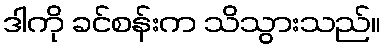
ဒါကို ခင်စန်းက သိသွားသည်။